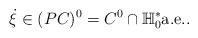
LaTeX: \begin{align*}\dot{\xi} \in (PC)^0 =C^0 \cap \mathbb{H}_0^* \mbox{a.e.}.\end{align*}